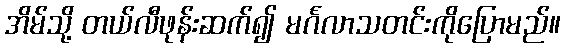
အိမ်သို့ တယ်လီဖုန်းဆက်၍ မင်္ဂလာသတင်းကိုပြောမည်။